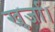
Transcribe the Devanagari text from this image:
खुर्जा।